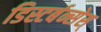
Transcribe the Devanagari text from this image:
डिस्टर्बन्सेस्